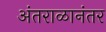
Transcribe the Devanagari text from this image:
अंतराळानंतर